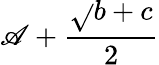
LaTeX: \mathscr{A}+\frac{{\sqrt{}{{b+c}}}}{{2}}